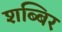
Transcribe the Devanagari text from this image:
शब्बिर